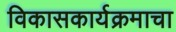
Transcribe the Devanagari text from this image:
विकासकार्यक्रमाचा